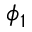
\phi _ { 1 }